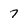
Character: 7